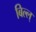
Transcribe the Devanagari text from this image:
बिल्ल्